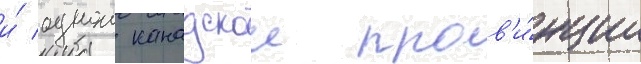
и́ однои канадскои пров'и́нции